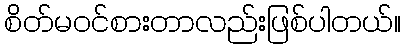
စိတ်မ၀င်စားတာလည်းဖြစ်ပါတယ်။